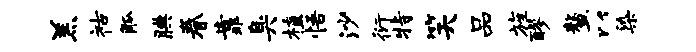
羔祜觚腆眷靠臭植悟沙衍特笑品旌醪鳌以染